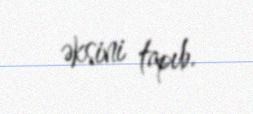
əksini tapıb.